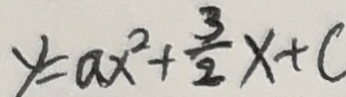
y = a x ^ { 2 } + \frac { 3 } { 2 } x + c